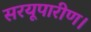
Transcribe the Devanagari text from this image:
सरयूपारीण।